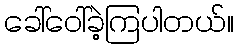
ခေါ်ဝေါ်ခဲ့ကြပါတယ်။